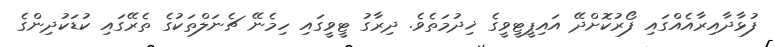
ފުޅާދާއިރާއެއްގައި ފޯރުކޮށްދޭ އައިޕީޓީވީގެ ޚިދުމަތެވެ. ދިރާގު ޓީވީގައި ހިމެނޭ ޗެނަލްތަކުގެ ތެރޭގައި ކުޑަކުދިންގެ